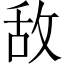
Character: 敌